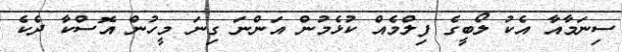
ސިނަމާއާ އެކު ލޯބީގެ ފިލްމެއް ކުޅެމުން އަންނަ ގިނަ މީހުން އޮސްކާ ދެކެ